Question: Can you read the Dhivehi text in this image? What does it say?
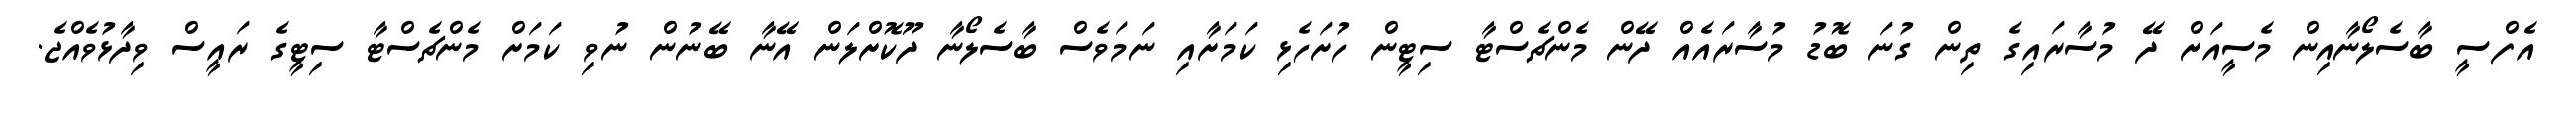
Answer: އެފްސީ ބާސެލޯނާއިން މެސީއަށް ދޭ މުސާރައިގެ ތިން ގުނަ ބޮޑު މުސާރައެއް ދޭން މެންޗެސްޓާ ސިޓީން ހުށަހެޅި ކަމަށާއި ނަމަވެސް ބާސެލޯނާ ދޫކޮށްލަން އޭނާ ބޭނުން ނުވި ކަމަށް މެންޗެސްޓާ ސިޓީގެ ރައީސް ވިދާޅުވެއްޖެ.